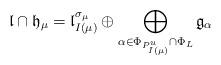
LaTeX: \begin{align*}\mathfrak{l}\cap \mathfrak{h}_{\mu} = \mathfrak{l}_{I(\mu)}^{\sigma_{\mu}}\oplus \bigoplus_{\alpha\in \Phi_{P_{I(\mu)}^u}\cap \Phi_L}\mathfrak{g}_{\alpha}\end{align*}